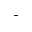
^ +